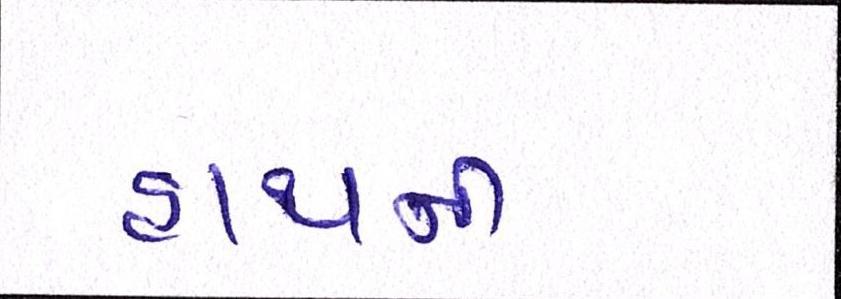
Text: હાથની